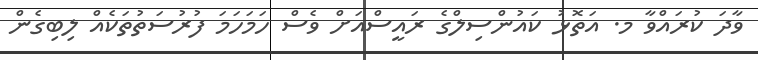
ވާދަ ކުރައްވާ މ. އަތޮޅު ކައުންސިލްގެ ރައީސްއަށް ވެސް ހަމަހަމަ ފުރުސަތުތަކެއް ލިބިގެން